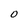
Character: O